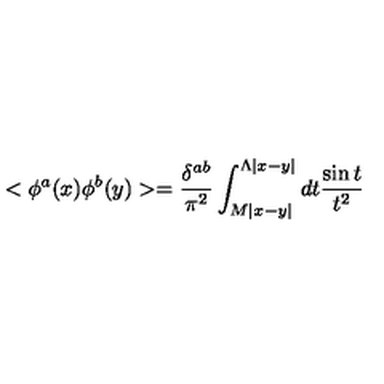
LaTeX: < \phi ^ { a } ( x ) \phi ^ { b } ( y ) > = \frac { \delta ^ { a b } } { \pi ^ { 2 } } \int _ { M | x - y | } ^ { \Lambda | x - y | } d t \frac { \sin t } { t ^ { 2 } }